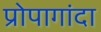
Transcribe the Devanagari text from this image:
प्रोपागांदा